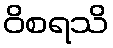
ဝိစရသိ